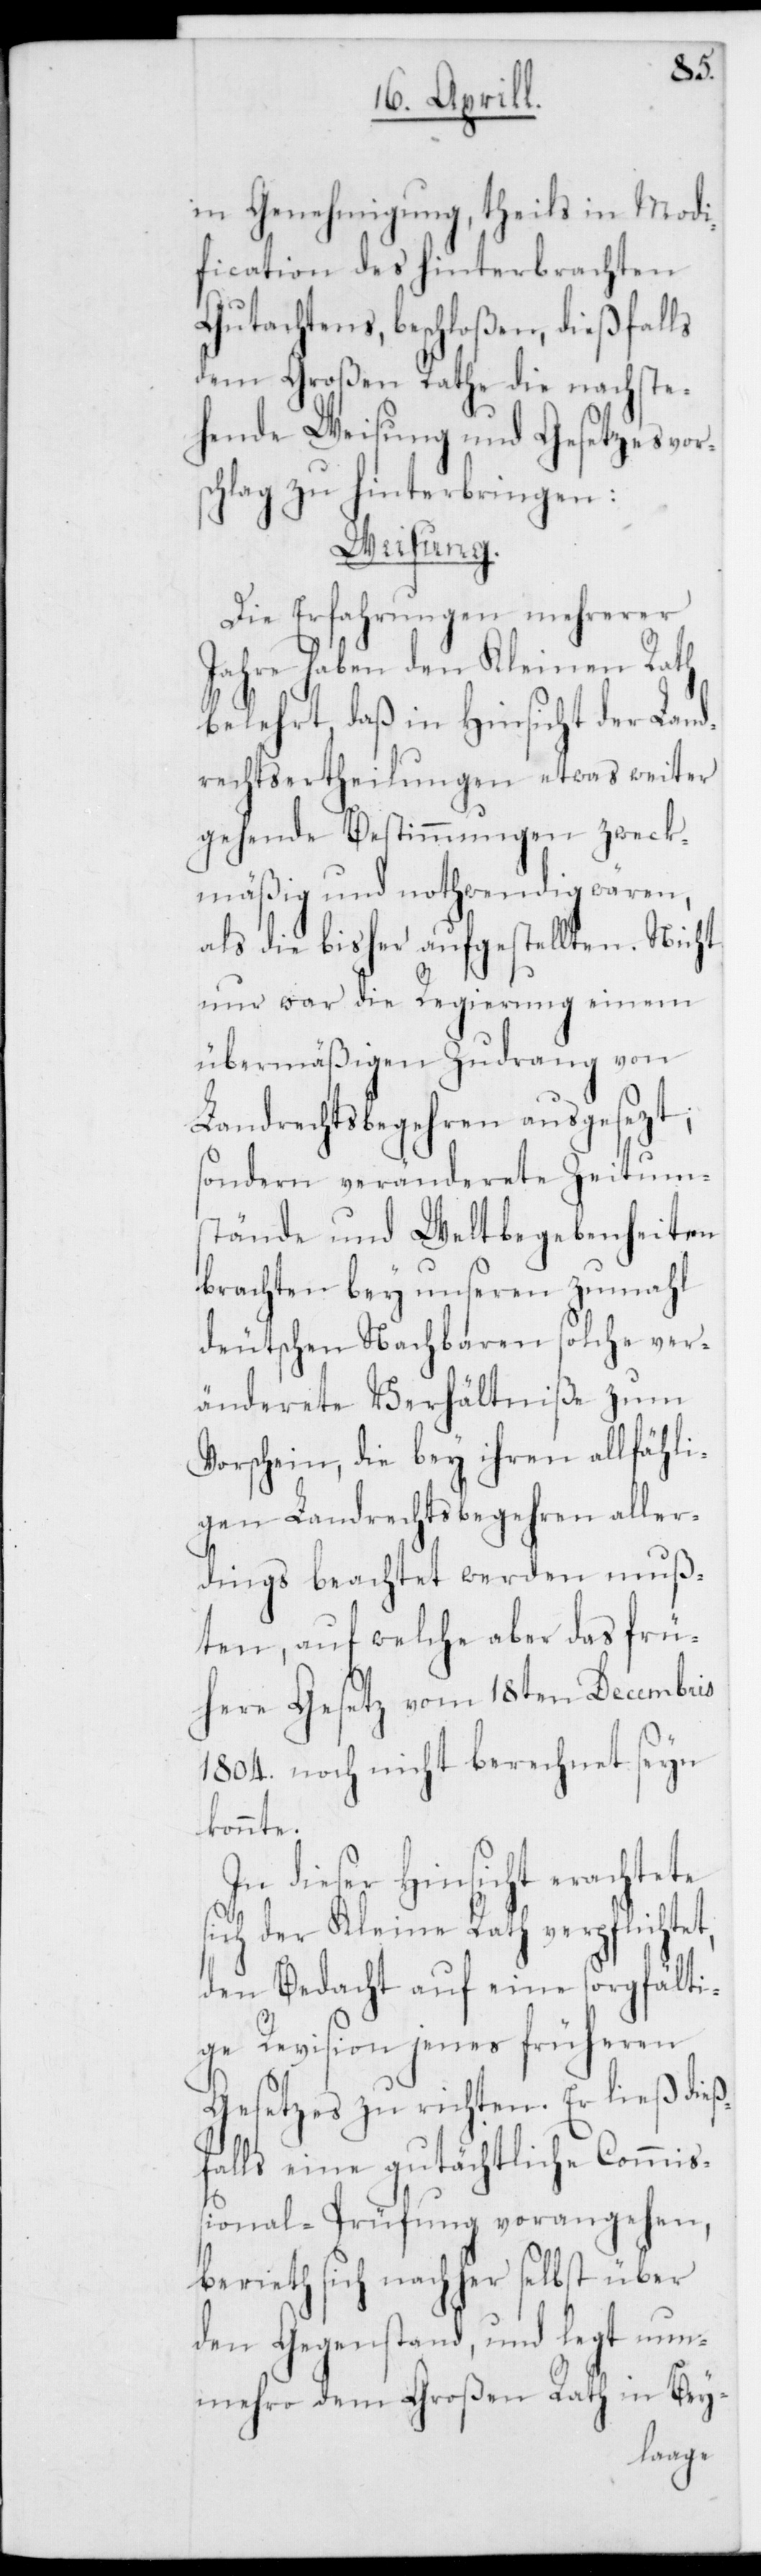
in Genehmigung, theils in Modi¬
ficaton des hinterbrachten
Gutachtens, beschloßen, dießfalls
dem Großen Rathe die nachste¬
hende Weisung und Gesetzesvor¬
schlag zu hinterbringen:
Weisung.
Die Erfahrungen mehrerer
Jahre haben den Kleinen Rath
belehrt, daß in Hinsicht der Land¬
rechtsertheilungen etwas weiter
gehende Bestimmungen zweck¬
mäßig und nothwendig wären,
als die bisher aufgestellten. Nicht
nur war die Regierung einem
übermäßigen Zudrang von
Landrechtsbegehren ausgesezt,
sondern veränderete Zeitum¬
stände und Weltbegebenheiten
brachten bey unseren zumahl
deutschen Nachbaren solche ver¬
änderete Verhältniße zum
Vorschein, die bey ihren allfähli¬
gen Landrechtsbegehren aller¬
dings beachtet werden muß¬
ten, auf welche aber das frü¬
here Gesetz vom 18ten Decembris
1804. noch nicht berechnet seyn
konnte.
nsicht erachtete
sich der Kleine Rath verpflichtet,
den Bedacht auf eine sorgfälti¬
ge Revision jenes früheren
Gesetzes zu richten. Er ließ dieß¬
falls eine gutächtliche Commiß¬
ional-Prüfung vorangehen,
berieth sich nachher selbst über
den Gegenstand, und legt nun¬
mehro dem Großen Rath in Bey-